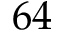
6 4